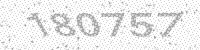
Solution: 180757